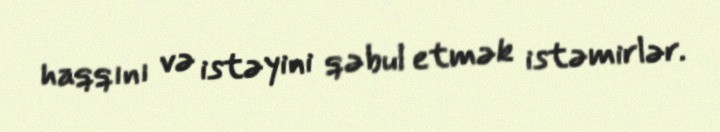
haqqını və istəyini qəbul etmək istəmirlər.